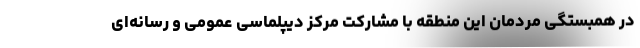
در همبستگی مردمان این منطقه با مشارکت مرکز دیپلماسی عمومی و رسانه‌ای